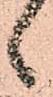
候